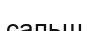
сальш